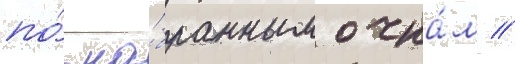
по́ на́бранным очка́м //